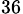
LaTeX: _{36}